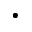
\cdot